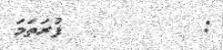
:         ފުރަތަމަ